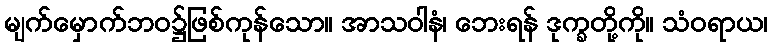
မျက်မှောက်ဘဝ၌ဖြစ်ကုန်သော။ အာသဝါနံ၊ ဘေးရန် ဒုက္ခတို့ကို။ သံဝရာယ၊